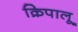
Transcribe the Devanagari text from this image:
क्रिपालू